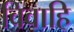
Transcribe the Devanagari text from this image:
विवाहि